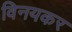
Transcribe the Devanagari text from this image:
विनयकर